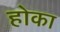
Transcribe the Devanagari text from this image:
होका